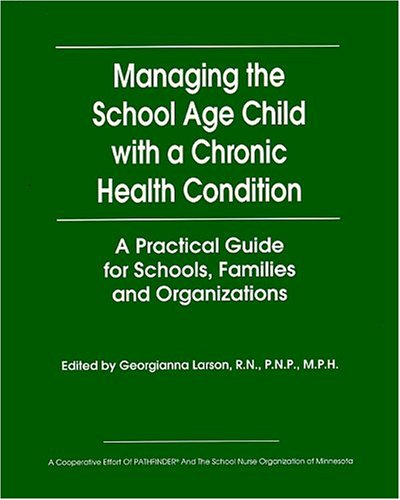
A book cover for Manating the School Age Child with a Chronic Health Condition (A Practical Guide for Schools, Families and Organizations); Georgianna Larson; Health, Fitness & Dieting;